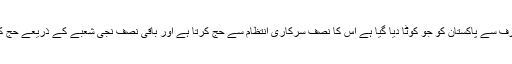
سعودی حکومت کی طرف سے پاکستان کو جو کوٹا دیا گیا ہے اس کا نصف سرکاری انتظام سے حج کرتا ہے اور باقی نصف نجی شعبے کے ذریعے حج کا فریضہ انجام دیتا ہے۔